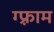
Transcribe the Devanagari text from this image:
ग्फ़्राम